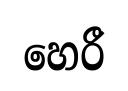
හෙරී